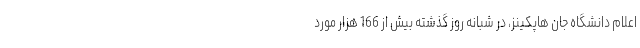
اعلام دانشگاه جان هاپکینز، در شبانه روز گذشته بیش از 166 هزار مورد